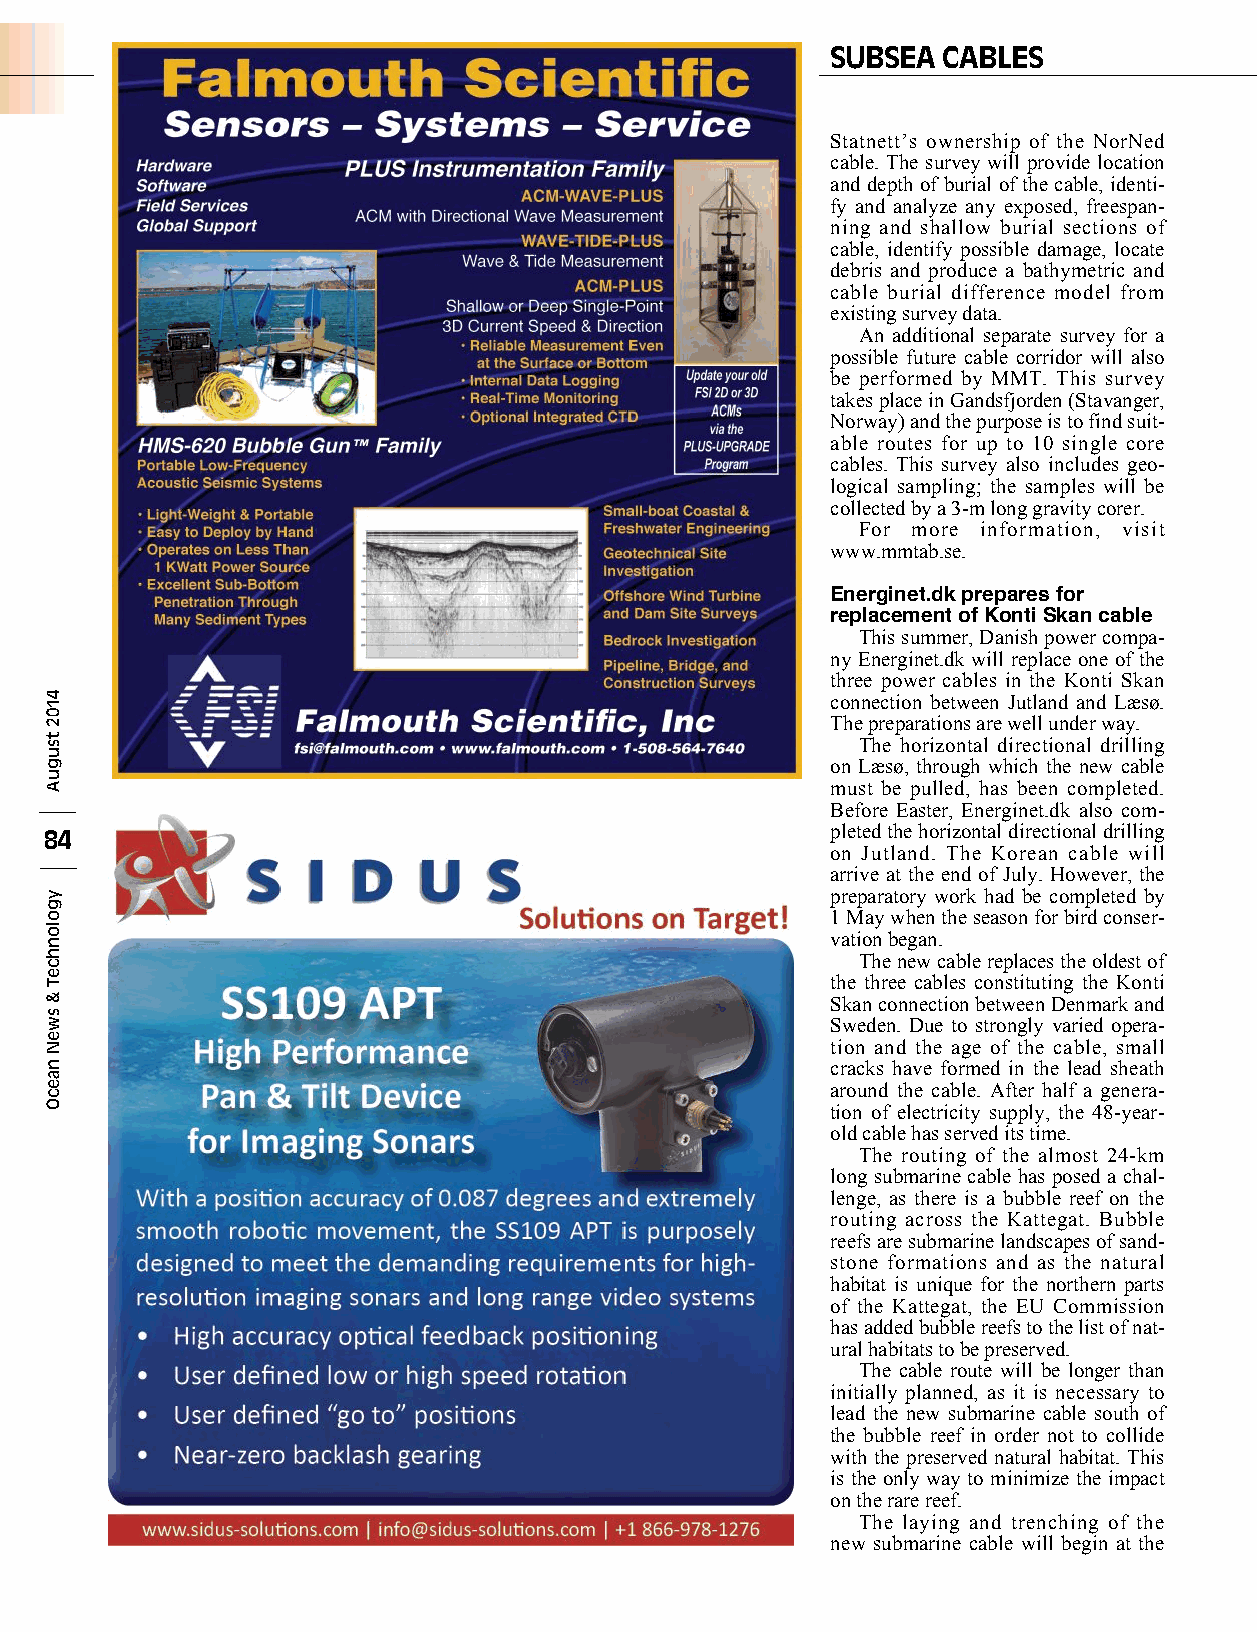
SUBSEA CABLES
 Statnett’s ownership of the NorNed
 cable. The survey will provide location
 and depth of burial of the cable, identi-
 fy and analyze any exposed, freespan-
 ning and shallow burial sections of
 cable, identify possible damage, locate
 debris and produce a bathymetric and
 cable burial difference model from
 existing survey data.
 An additional separate survey for a
 possible future cable corridor will also
 be performed by MMT. This survey
 takes place in Gandsfjorden (Stavanger,
 Norway) and the purpose is to find suit-
 able routes for up to 10 single core
 cables. This survey also includes geo-
 logical sampling; the samples will be
 collected by a 3-m long gravity corer.
 For more information, visit
 www.mmtab.se.
 Energinet.dk prepares for
 replacement of Konti Skan cable
 This summer, Danish power compa-
 ny Energinet.dk will replace one of the
 three power cables in the Konti Skan
 connection between Jutland and Læsø.
 The preparations are well under way.
 The horizontal directional drilling
 on Læsø, through which the new cable
 must be pulled, has been completed.
 Before Easter, Energinet.dk also com-
 84                                                  pleted the horizontal directional drilling
 on Jutland. The Korean cable will
 arrive at the end of July. However, the
 preparatory work had be completed by
 1 May when the season for bird conser-
 vation began.
 The new cable replaces the oldest of
 the three cables constituting the Konti
 Skan connection between Denmark and
 Sweden. Due to strongly varied opera-
 tion and the age of the cable, small
 cracks have formed in the lead sheath
 around the cable. After half a genera-
 tion of electricity supply, the 48-year-
 old cable has served its time.
 The routing of the almost 24-km
 long submarine cable has posed a chal-
 lenge, as there is a bubble reef on the
 routing across the Kattegat. Bubble
 reefs are submarine landscapes of sand-
 stone formations and as the natural
 habitat is unique for the northern parts
 of the Kattegat, the EU Commission
 has added bubble reefs to the list of nat-
 ural habitats to be preserved.
 The cable route will be longer than
 initially planned, as it is necessary to
 lead the new submarine cable south of
 the bubble reef in order not to collide
 with the preserved natural habitat. This
 is the only way to minimize the impact
 on the rare reef.
 The laying and trenching of the
 new submarine cable will begin at the
 4102
 tsuguA
 ygolonhceT
 &
 sweN
 naecO